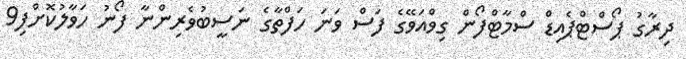
ދިރާގު ޕޯސްޓްޕެއިޑް ސްމާޓްފޯން ގިވްއަވޭގެ ފަސް ވަނަ ހަފްތާގެ ނަސީބުވެރިންނާ ފޯނު ހަވާލުކޮށްފި9